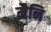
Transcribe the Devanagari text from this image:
मैनि